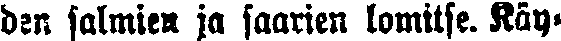
den salmien ja saarien lomitse. Käy-